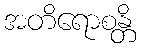
အတိရောစန္တိ